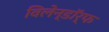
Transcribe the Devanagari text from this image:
विलेन्डॉर्फ